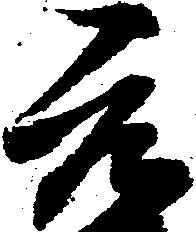
元